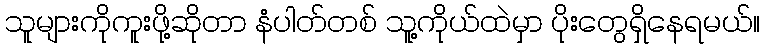
သူများကိုကူးဖို့ဆိုတာ နံပါတ်တစ် သူ့ကိုယ်ထဲမှာ ပိုးတွေရှိနေရမယ်။